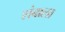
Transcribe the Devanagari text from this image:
शंबाला